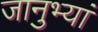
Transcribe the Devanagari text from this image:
जानुभ्यां